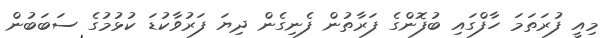
މިއީ ފުރަތަމަ ހާފްގައި ބުފޮންގެ ފަރާތުން ފެނިގެން ދިޔަ ފަރުވާކުޑަ ކުޅުމުގެ ސަބަބުން